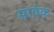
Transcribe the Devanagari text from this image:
सावंक